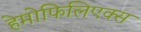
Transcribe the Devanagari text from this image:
हेमोफिलिएक्स